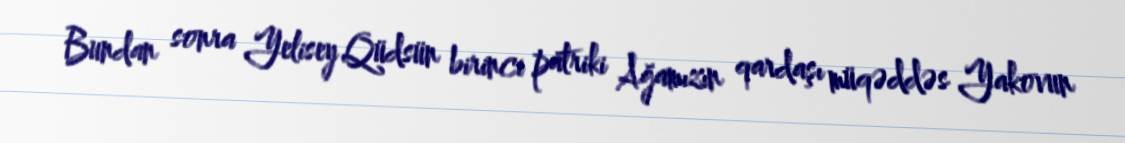
Bundan sonra Yelisey Qüdsün birinci patriki Ağamızın qardaşı müqəddəs Yakovun